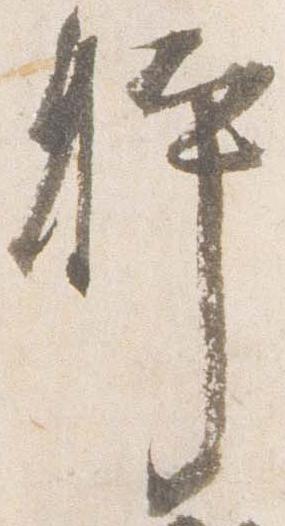
躰